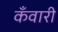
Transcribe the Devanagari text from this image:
कँवारी